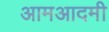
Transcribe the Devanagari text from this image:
आमआदमी